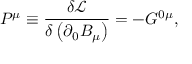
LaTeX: P ^ { \mu } \equiv \frac { \delta \mathcal { L } } { \delta \left( \partial _ { 0 } B _ { \mu } \right) } = - G ^ { 0 \mu } ,